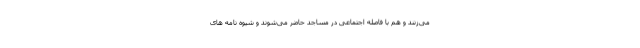
می‌زنند و هم با فاصله اجتماعی در مساجد حاضر می‌شوند و شیوه نامه های